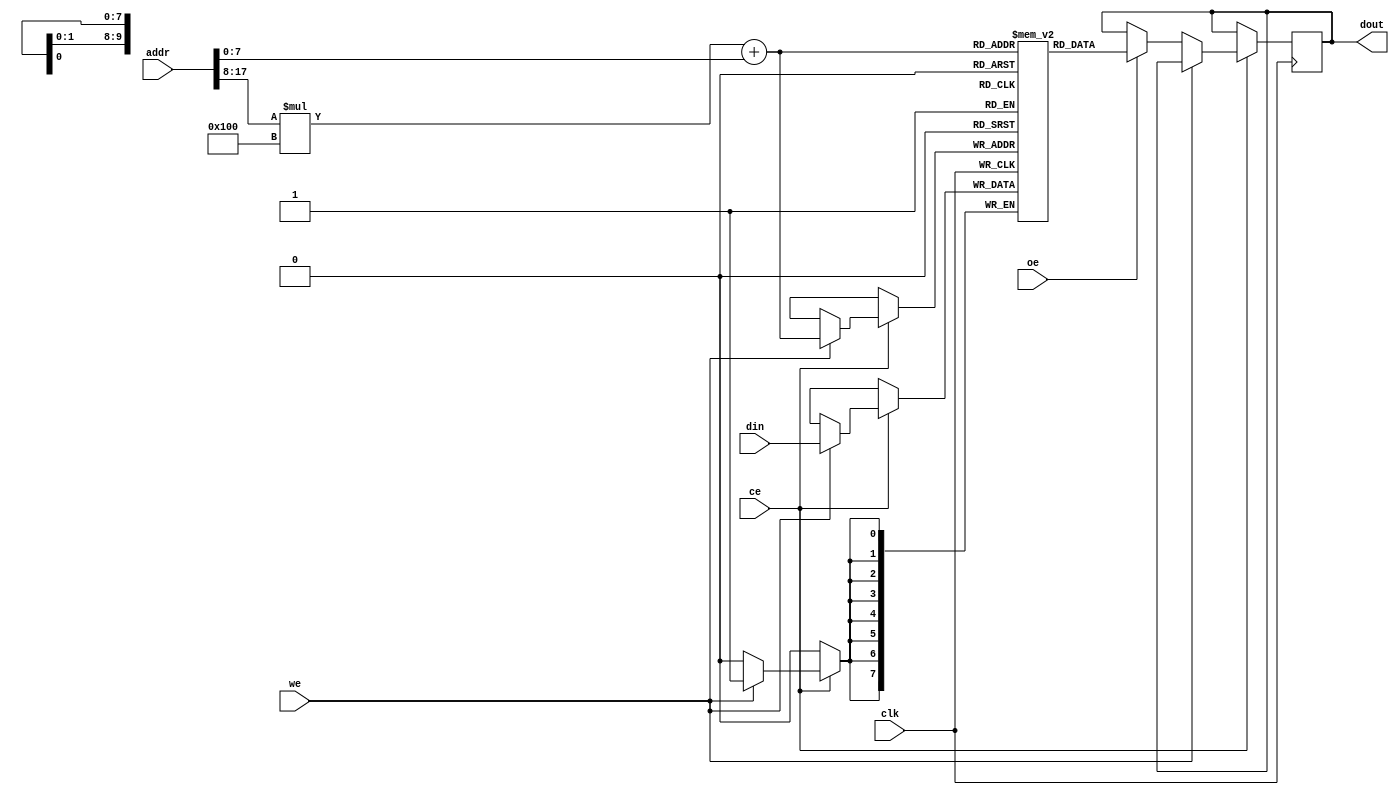
module SRAM #(
    parameter ADDR_WIDTH = 18,  // Address width for 256K words
    parameter DATA_WIDTH = 8,    // Word size (8 bits)
    parameter NUM_BANKS = 4,     // Number of memory banks
    parameter BANK_SIZE = 256     // Size of each bank (256 words)
)(
    input wire clk,               // Clock signal
    input wire we,                // Write Enable
    input wire oe,                // Output Enable
    input wire ce,                // Chip Enable
    input wire [ADDR_WIDTH-1:0] addr, // Address input
    input wire [DATA_WIDTH-1:0] din,   // Data input
    output reg [DATA_WIDTH-1:0] dout   // Data output
);

    // Memory array declaration
    reg [DATA_WIDTH-1:0] memory [0:NUM_BANKS-1][0:BANK_SIZE-1];

    // Address decoding
    wire [ADDR_WIDTH-1:0] bank_addr = addr[ADDR_WIDTH-1:8]; // Bank address
    wire [7:0] word_addr = addr[7:0]; // Word address within the bank

    // Read/Write operations
    always @(posedge clk) begin
        if (ce) begin
            if (we) begin
                // Write operation
                memory[bank_addr][word_addr] <= din;
            end else if (oe) begin
                // Read operation
                dout <= memory[bank_addr][word_addr];
            end
        end
    end

endmodule